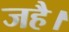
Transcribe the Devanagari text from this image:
जहै।